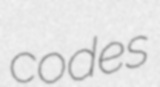
codes